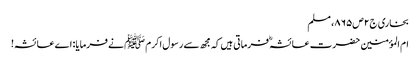
بخاری ج۲ص۸۶۵، مسلم
ام المؤمنین حضرت عائشہؓ فرماتی ہیں کہ مجھ سے رسول اکرم ﷺ نے فرمایا: اے عائشہ!